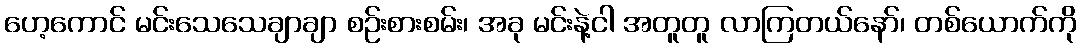
ဟေ့ကောင် မင်းသေသေချာချာ စဉ်းစားစမ်း၊ အခု မင်းနဲ့ငါ အတူတူ လာကြတယ်နော်၊ တစ်ယောက်ကို